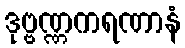
ဒုဗ္ဗဏ္ဏကရဏာနံ